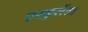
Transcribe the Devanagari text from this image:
एस्कुलेंता